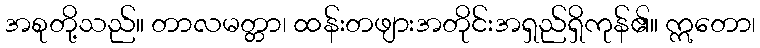
အစုတို့သည်။ တာလမတ္တာ၊ ထန်းတဖျားအတိုင်းအရှည်ရှိကုန်၏။ ဣတော၊